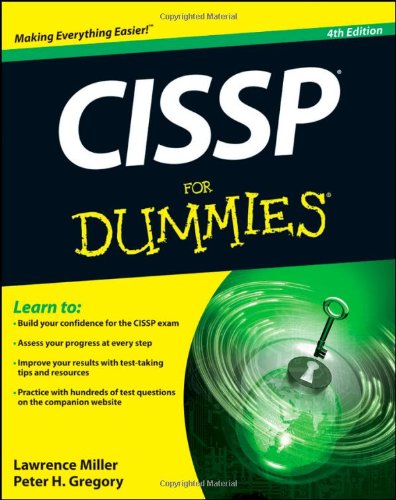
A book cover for CISSP For Dummies; Lawrence C. Miller; Computers & Technology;